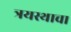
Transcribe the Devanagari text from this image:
त्रयस्थाचा